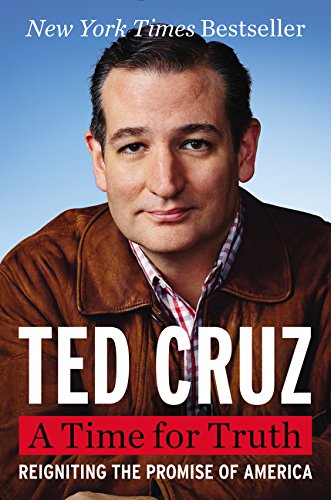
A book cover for A Time for Truth: Reigniting the Promise of America; Ted Cruz; Biographies & Memoirs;